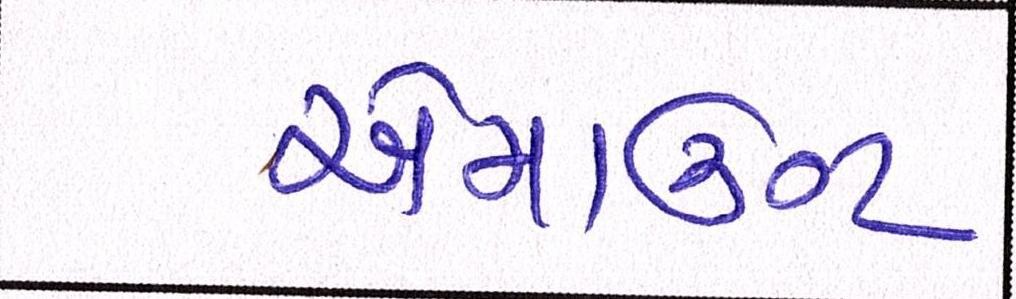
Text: એમાઉન્ટ